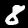
Label: 8